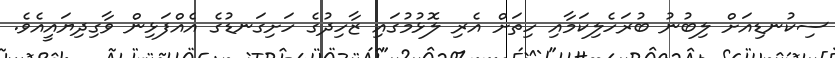
ސިކުނޑިއަށް ލިބުނު ބުރަހެލިކަމާއި ހިތަށް އެރި ލޮޅުމުގައި ޒާހިދުގެ ހަށިގަނޑުގެ އެއްފަޅިން ވާގިދިޔައީއެވެ.